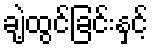
ချဲ့ထွင်ခြင်းနှင့်